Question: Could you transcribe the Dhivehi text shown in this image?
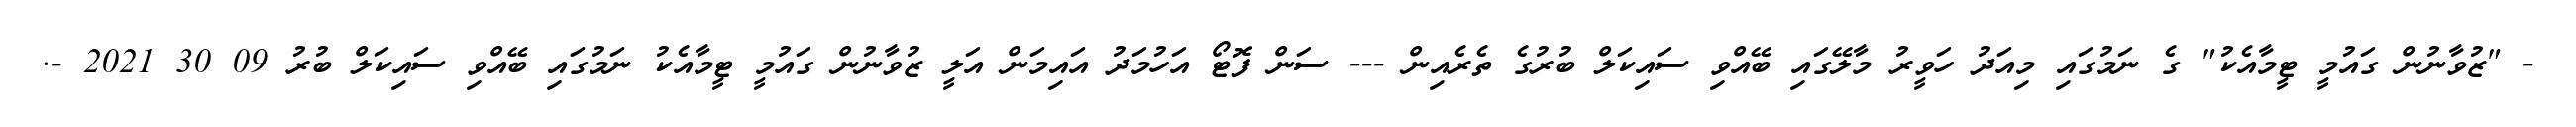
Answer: - "ޒުވާނުން ގައުމީ ޓީމާއެކު" ގެ ނަމުގައި މިއަދު ހަވީރު މާލޭގައި ބޭއްވި ސައިކަލް ބުރުގެ ތެރެއިން --- ސަން ފޮޓޯ އަހުމަދު އައިމަން އަލީ ޒުވާނުން ގައުމީ ޓީމާއެކު ނަމުގައި ބޭއްވި ސައިކަލް ބުރު 09 30 2021 -.